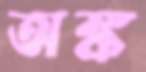
অঙ্ক